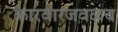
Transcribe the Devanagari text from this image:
कारवारजवळच